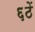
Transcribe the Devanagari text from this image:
६ठें